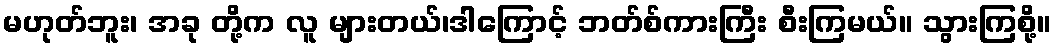
မဟုတ်ဘူး၊ အခု တို့က လူ များတယ်၊ဒါကြောင့် ဘတ်စ်ကားကြီး စီးကြမယ်။ သွားကြစို့။